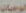
الوجبات